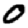
Digit: 0